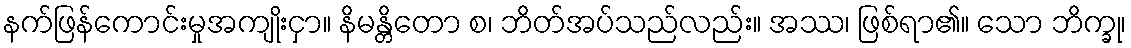
နက်ဖြန်ကောင်းမှုအကျိုးငှာ။ နိမန္တိတော စ၊ ဘိတ်အပ်သည်လည်း။ အဿ၊ ဖြစ်ရာ၏။ သော ဘိက္ခု၊